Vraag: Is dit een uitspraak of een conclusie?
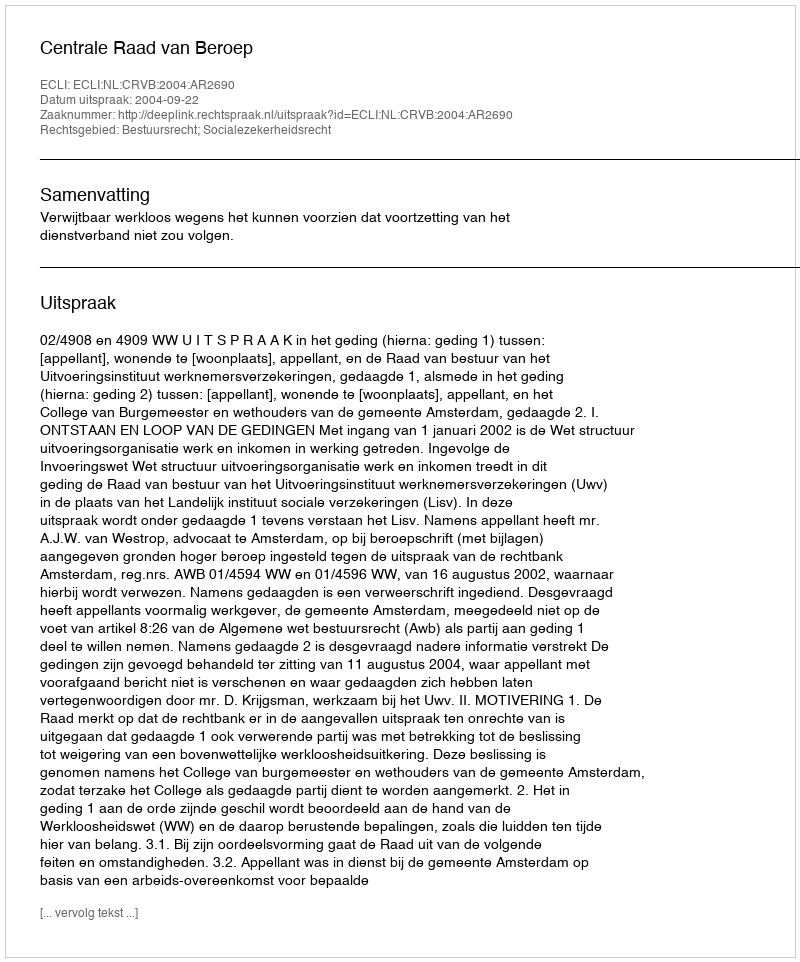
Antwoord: Uitspraak